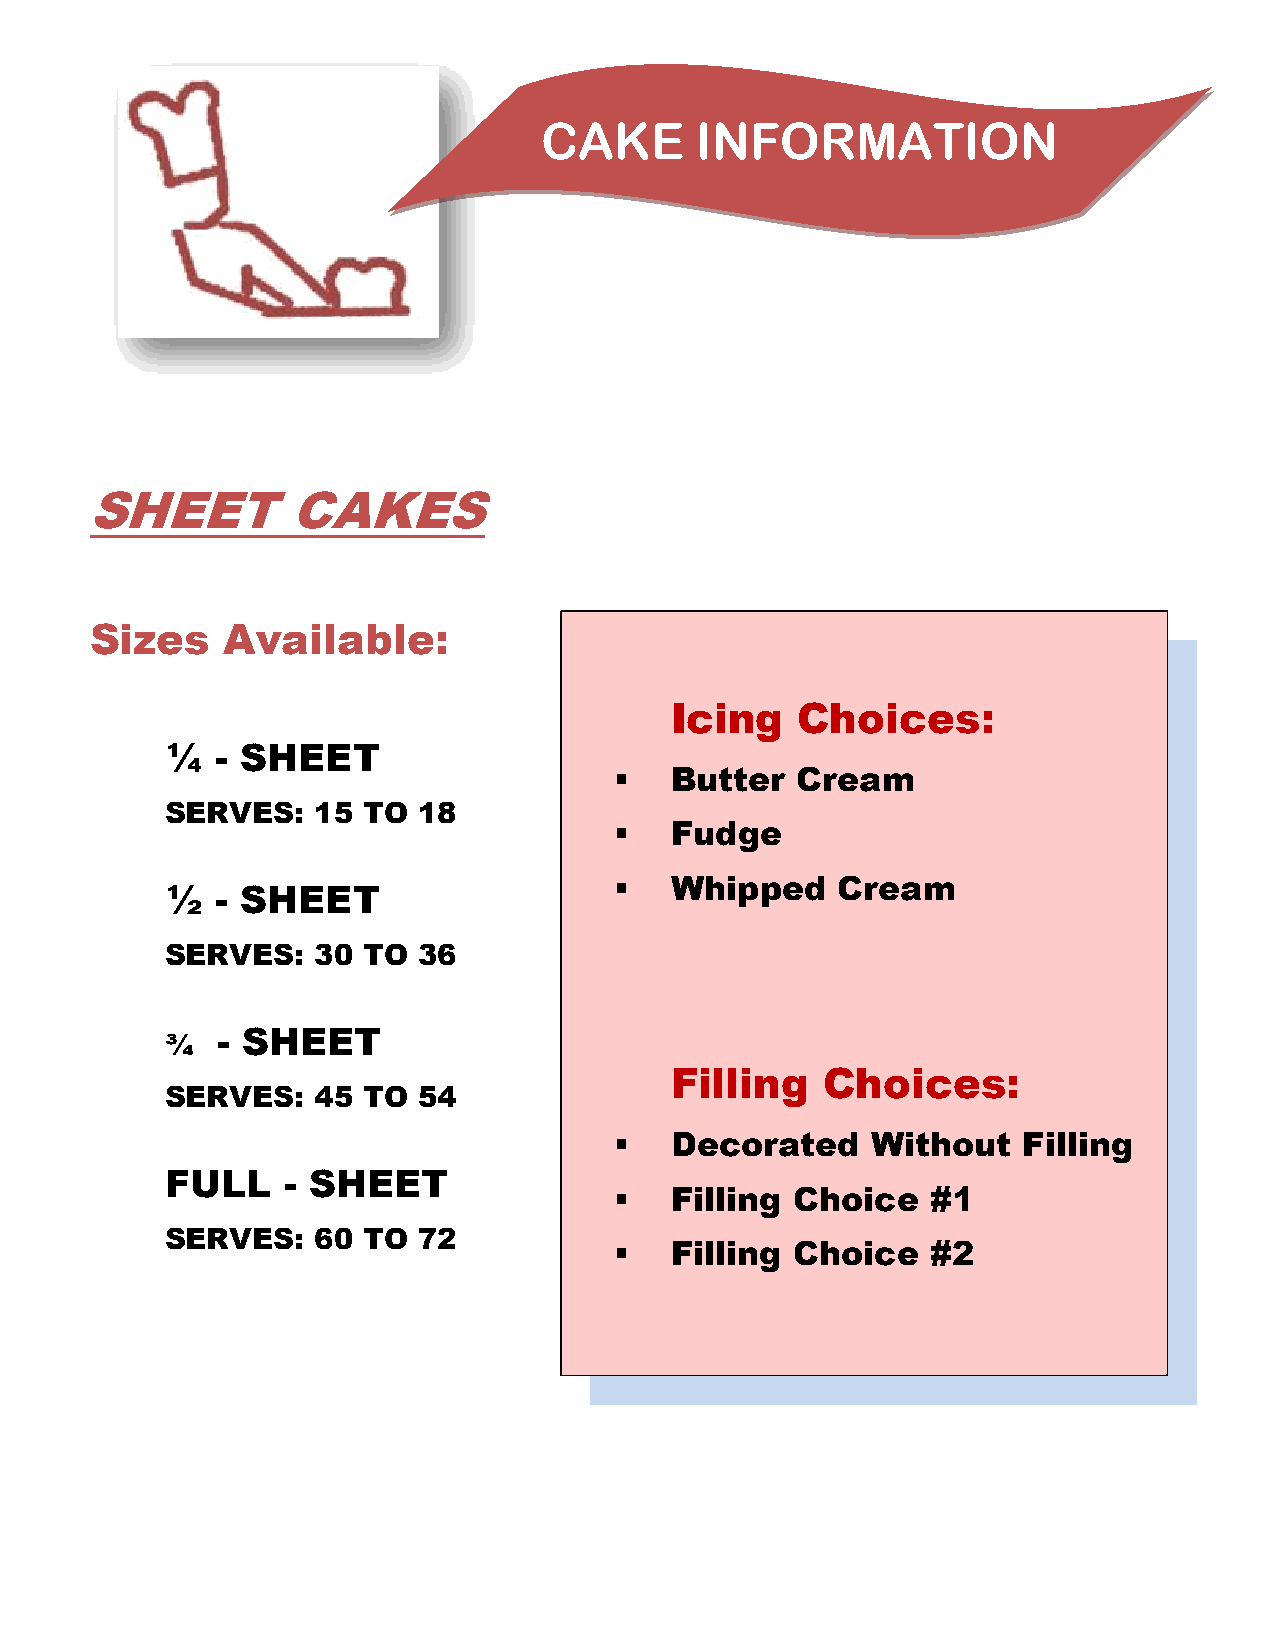
CAKE      INFORMATION
 SHEET        CAKES
 Sizes    Available:
 Icing    Choices:
 ¼  - SHEET
   Butter   Cream
 SERVES:   15 TO  18
   Fudge
   Whipped    Cream
 ½  - SHEET
 SERVES:   30 TO  36
 - SHEET
 ¾
 Filling    Choices:
 SERVES:   45 TO  54
   Decorated     Without   Filling
 FULL    - SHEET
   Filling Choice    #1
 SERVES:   60 TO  72
   Filling Choice    #2